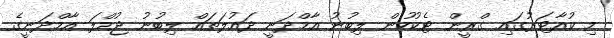
މި ކުއާޓަރުގައި ގްރީން ޓެކުހުން ލިބުނު އާމްދަނީ ދައުލަތައް ލިބުނު ޖުމްލަ އާމްދަނީގެ